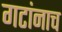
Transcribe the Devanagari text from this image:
गटांनाच